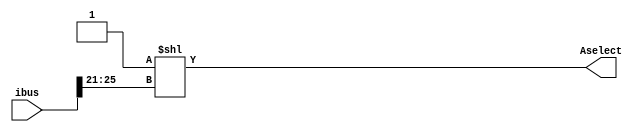
`timescale 1ns / 1ps
//////////////////////////////////////////////////////////////////////////////////
// Sam Bolduc and Aryan Mehrotra
// 
// Module Name: RS Decoder
// Project Name: Assignment 4
//////////////////////////////////////////////////////////////////////////////////


module rs_decoder(ibus, Aselect);
    input[31:0] ibus;
    output[31:0] Aselect;
    
    wire[4:0] rs_val = ibus[25:21];
    integer rs_int;
    
    always@(rs_val) begin
        rs_int = rs_val;
    end
        
    assign Aselect = 32'b1 << rs_int;  
    
endmodule